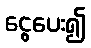
ငွေပေး၍